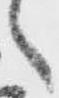
々